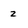
Character: 2